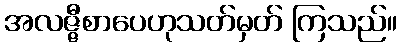
အလဇ္ဇီစာပေဟုသတ်မှတ် ကြသည်။